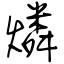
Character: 燐